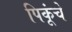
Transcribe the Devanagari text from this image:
पिकूंचे